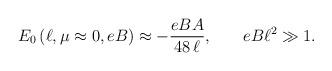
LaTeX: \begin{align*}E_{0}\left( \ell ,\mu \approx 0,eB\right) \approx -\frac{eBA}{48\, \ell },\, \, \, \, \, \, \, \, \, \, \, eB\ell ^{2}\gg 1.\end{align*}